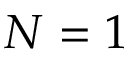
N = 1